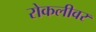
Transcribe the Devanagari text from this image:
रोकलीवर